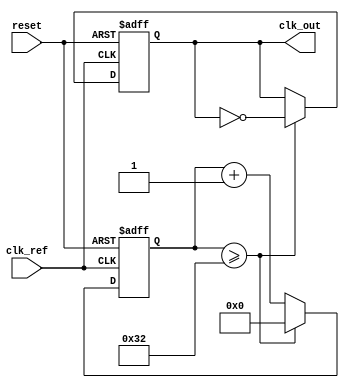
module pll_synchronizer (
    input wire clk_ref,          // Incoming reference clock
    input wire reset,            // Asynchronous reset
    output reg clk_out           // Output synchronized clock
);

// Parameters for PLL
parameter integer VCO_MAX_FREQ = 100; // Maximum frequency of VCO
parameter integer VCO_MIN_FREQ = 10;   // Minimum frequency of VCO
parameter integer LOOP_FILTER_GAIN = 1; // Gain for loop filter

// Internal signals
reg [7:0] phase_error;            // Phase error signal from PD
reg [7:0] control_voltage;         // Control voltage for VCO
reg [7:0] vco_output;              // VCO output frequency
reg [7:0] clk_divider;             // Clock divider for output clock
reg [7:0] clk_div_count;           // Clock divider count

// Phase Detector (PD)
always @(posedge clk_ref or posedge reset) begin
    if (reset) begin
        phase_error <= 0;
    end else begin
        // Simple phase detection logic (could be more complex)
        if (clk_out) begin
            phase_error <= phase_error + 1; // Increment error if clk_out is high
        end else begin
            phase_error <= phase_error - 1; // Decrement error if clk_out is low
        end
    end
end

// Loop Filter (LF)
always @(posedge clk_ref or posedge reset) begin
    if (reset) begin
        control_voltage <= 0;
    end else begin
        control_voltage <= control_voltage + (phase_error * LOOP_FILTER_GAIN);
        // Clamp control voltage to VCO frequency range
        if (control_voltage > VCO_MAX_FREQ) begin
            control_voltage <= VCO_MAX_FREQ;
        end else if (control_voltage < VCO_MIN_FREQ) begin
            control_voltage <= VCO_MIN_FREQ;
        end
    end
end

// Voltage-Controlled Oscillator (VCO)
always @(posedge clk_ref or posedge reset) begin
    if (reset) begin
        vco_output <= VCO_MIN_FREQ; // Start at minimum frequency
    end else begin
        vco_output <= control_voltage; // Set VCO output based on control voltage
    end
end

// Clock Divider
always @(posedge clk_ref or posedge reset) begin
    if (reset) begin
        clk_divider <= 0;
        clk_div_count <= 0;
        clk_out <= 0;
    end else begin
        clk_div_count <= clk_div_count + 1;
        if (clk_div_count >= (VCO_MAX_FREQ / 2)) begin
            clk_out <= ~clk_out; // Toggle output clock
            clk_div_count <= 0;   // Reset counter
        end
    end
end

endmodule